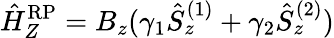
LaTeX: \hat{H}_{Z}^{\mathrm{RP}}=B_{z}(\gamma_{1}\hat{S}_{z}^{(1)}+\gamma_{2}\hat{S}_{z}^{(2)})